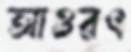
আওরৎ